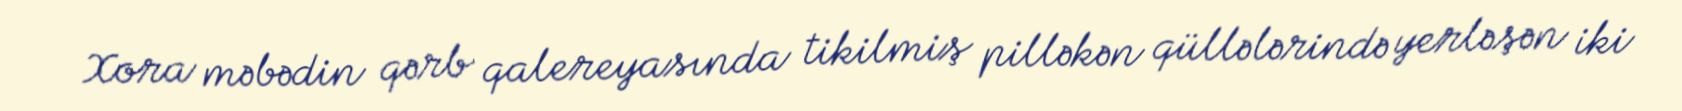
Xora məbədin qərb qalereyasında tikilmiş pilləkən qüllələrində yerləşən iki